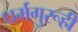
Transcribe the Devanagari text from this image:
धर्मगुरूही